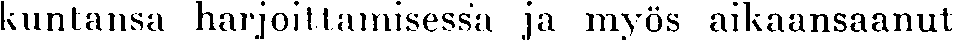
kuntansa harjoittamisessa ja myös aikaansaanut